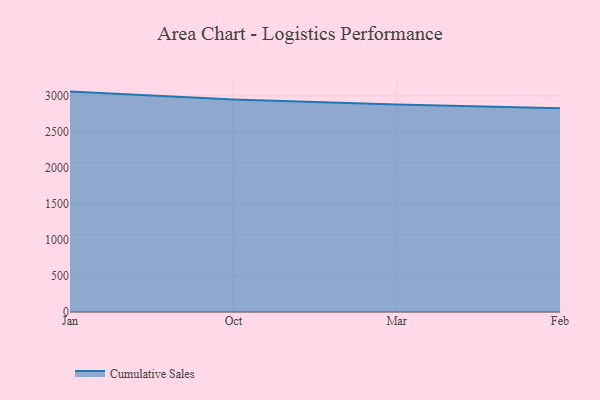
{"axis": {"x": "Month", "y": "Market Share (%)"}, "legend": ["Cumulative Sales"], "data": [{"x": "Jan", "y": 3058.8, "type": "Cumulative Sales"}, {"x": "Oct", "y": 2949.2, "type": "Cumulative Sales"}, {"x": "Mar", "y": 2879.6, "type": "Cumulative Sales"}, {"x": "Feb", "y": 2826.1, "type": "Cumulative Sales"}]}